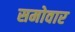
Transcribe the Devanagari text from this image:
समोवार